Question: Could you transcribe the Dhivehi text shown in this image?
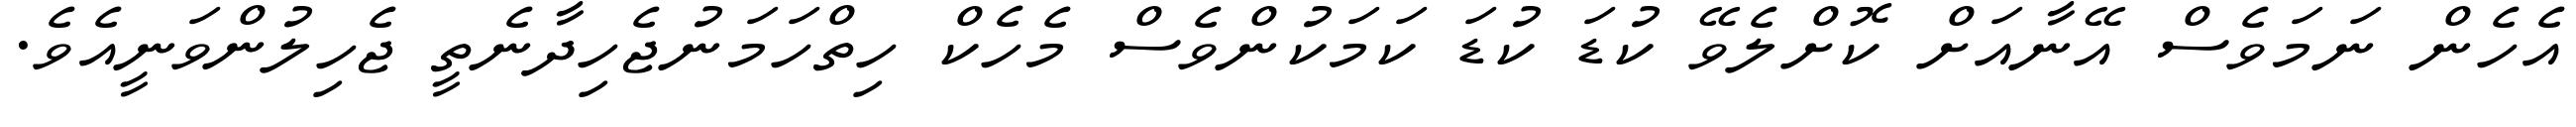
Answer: އެހެން ނަމަވެސް އޭނާއަށް ކޮށްލެވޭ ކުޑަ ކުޑަ ކަމަކުންވެސް މެހެކް ހިތްހަމަނުޖެހިދާނެތީ ޖެހިލުންވަނީއެވެ.